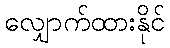
လျှောက်ထားနိုင်